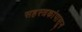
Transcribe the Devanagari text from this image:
सहस्त्रकांपासून